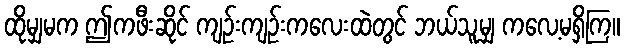
ထိုမျှမက ဤကဖီးဆိုင် ကျဉ်းကျဉ်းကလေးထဲတွင် ဘယ်သူမျှ ကလေ့မရှိကြ။